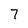
Character: 7